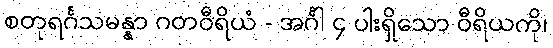
စတုရင်္ဂသမန္နာ ဂတဝီရိယံ - အင်္ဂါ ၄ ပါးရှိသော ဝီရိယကို၊